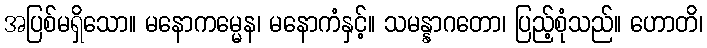
အပြစ်မရှိသော။ မနောကမ္မေန၊ မနောကံနှင့်။ သမန္နာဂတော၊ ပြည့်စုံသည်။ ဟောတိ၊